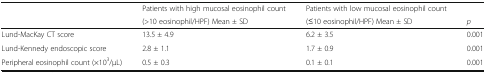
<table><thead><tr><td rowspan="2"></td><td><b>Patients with high mucosal eosinophil count</b></td><td><b>Patients with low mucosal eosinophil count</b></td><td></td></tr><tr><td><b>(&gt;10 eosinophil/HPF) Mean ± SD</b></td><td><b>(≤10 eosinophil/HPF) Mean ± SD</b></td><td><b><i>p</i></b></td></tr></thead><tbody><tr><td>Lund-MacKay CT score</td><td>13.5 ± 4.9</td><td>6.2 ± 3.5</td><td>0.001</td></tr><tr><td>Lund-Kennedy endoscopic score</td><td>2.8 ± 1.1</td><td>1.7 ± 0.9</td><td>0.001</td></tr><tr><td>Peripheral eosinophil count (×10<sup>3</sup>/μL)</td><td>0.5 ± 0.3</td><td>0.1 ± 0.1</td><td>0.001</td></tr></tbody></table>